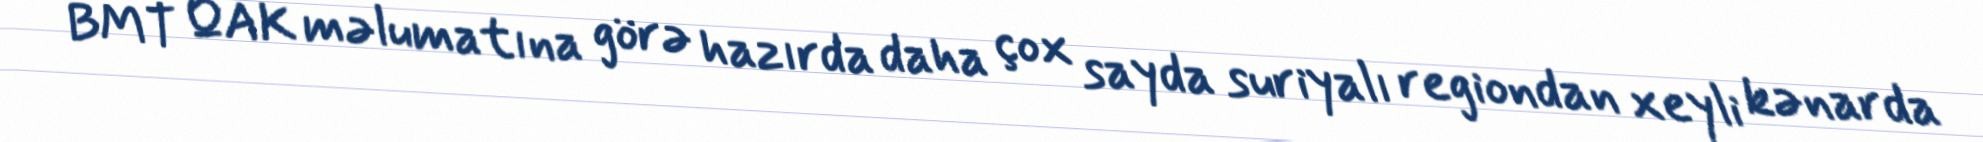
BMT QAK məlumatına görə hazırda daha çox sayda suriyalı regiondan xeyli kənarda